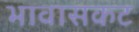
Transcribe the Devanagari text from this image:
भावासकट